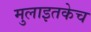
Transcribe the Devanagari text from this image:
मुलाइतकेच